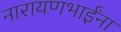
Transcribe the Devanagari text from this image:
नारायणभाईंना